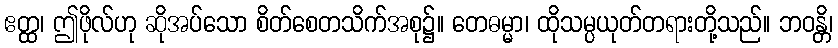
ဧတ္ထ၊ ဤဖိုလ်ဟု ဆိုအပ်သော စိတ်စေတသိက်အစု၌။ တေဓမ္မာ၊ ထိုသမ္ပယုတ်တရားတို့သည်။ ဘဝန္တိ၊